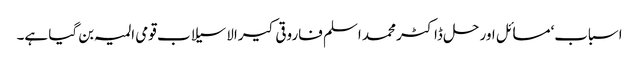
اسباب‘مسائل اور حل ڈاکٹر محمد اسلم فاروقی کیرالا سیلاب قومی المیہ بن گیا ہے۔